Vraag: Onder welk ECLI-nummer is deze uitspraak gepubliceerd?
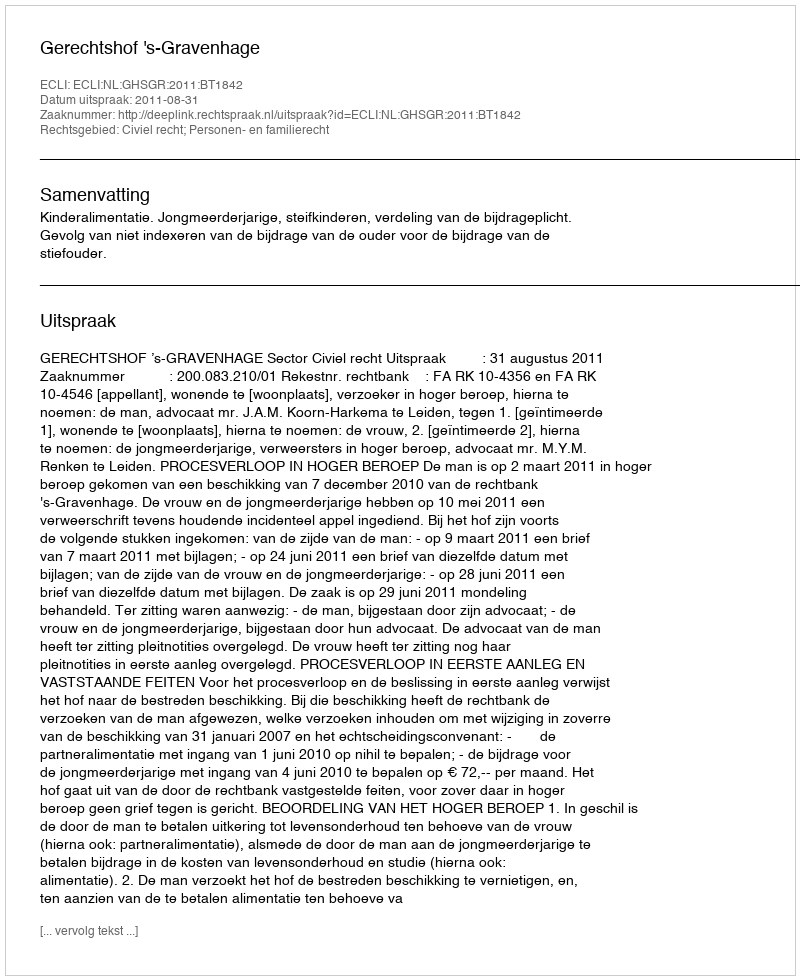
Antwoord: ECLI:NL:GHSGR:2011:BT1842